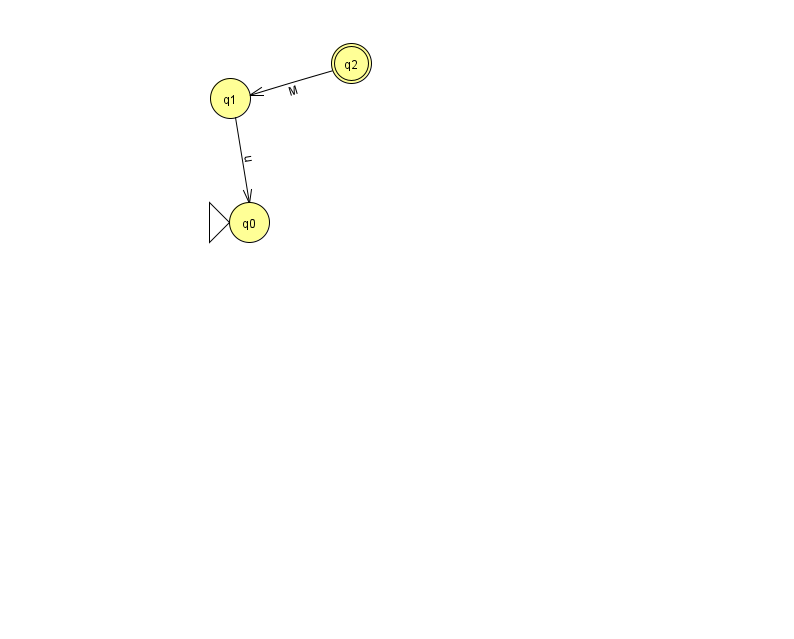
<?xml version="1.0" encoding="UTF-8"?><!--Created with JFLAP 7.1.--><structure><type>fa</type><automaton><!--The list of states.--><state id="0" name="q0"><x>249.0</x><y>209.0</y><initial/></state><state id="1" name="q1"><x>230.0</x><y>85.0</y></state><state id="2" name="q2"><x>351.0</x><y>50.0</y><final/></state><!--The list of transitions.--><transition><from>1</from><to>0</to><read>u</read></transition><transition><from>2</from><to>1</to><read>M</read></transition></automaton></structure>